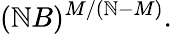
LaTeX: (\mathbb{N}B)^{M/(\mathbb{N}-M)}.